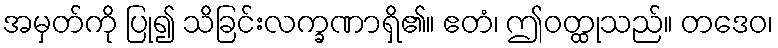
အမှတ်ကို ပြု၍ သိခြင်းလက္ခဏာရှိ၏။ ဧတံ၊ ဤဝတ္ထုသည်။ တဒေဝ၊